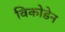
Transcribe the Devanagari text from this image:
विकोडेन